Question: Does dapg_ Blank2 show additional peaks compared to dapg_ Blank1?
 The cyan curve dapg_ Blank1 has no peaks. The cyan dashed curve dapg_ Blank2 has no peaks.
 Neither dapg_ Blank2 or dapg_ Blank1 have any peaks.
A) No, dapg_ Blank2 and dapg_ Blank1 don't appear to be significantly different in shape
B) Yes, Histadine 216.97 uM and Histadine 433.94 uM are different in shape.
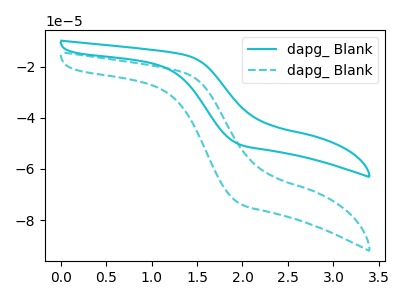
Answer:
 <answer>A) No, "dapg_ Blank2" and "dapg_ Blank1" don't appear to be significantly different in shape</answer>
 <eval>A</eval>